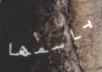
باسمها